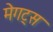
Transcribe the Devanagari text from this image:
मेगट्स